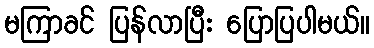
မကြာခင် ပြန်လာပြီး ပြောပြပါမယ်။